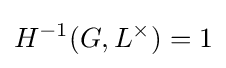
H^{-1}(G,L^{\times })=1